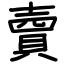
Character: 𧶠